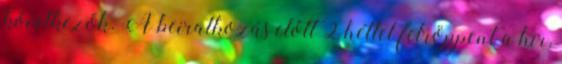
következők. A beiratkozás előtt 2 héttel felröppent a hír,